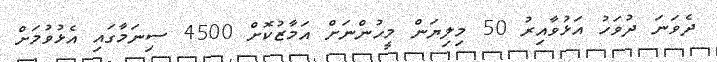
ދެވަނަ ދުވަހު އަޅުވާއިރު 50 މިލިޔަން މީހުންނަށް އަމާޒުކޮށް 4500 ސިނަމާގައި އެޅުވުމަށް